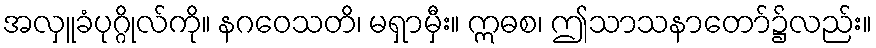
အလှူခံပုဂ္ဂိုလ်ကို။ နဂဝေသတိ၊ မရှာမှီး။ ဣဓစ၊ ဤသာသနာတော်၌လည်း။